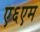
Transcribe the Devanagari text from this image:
ए६एम